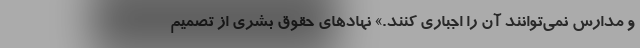
و مدارس نمی‌توانند آن را اجباری کنند.» نهادهای حقوق بشری از تصمیم